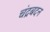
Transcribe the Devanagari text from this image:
चंद्रबदन